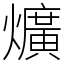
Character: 爌